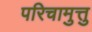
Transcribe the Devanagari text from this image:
परिचामुत्तु